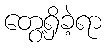
တွေ့ရှိခဲ့ရာ